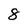
Character: 8